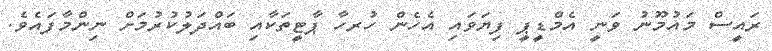
ރައީސް މައުމޫނު ވަނީ އެމްޑީޕީ ފިޔަވައި އެހެން ހުރހާ ޕާޓީތަކާއި ބައްދަލުކުރުމަށް ނިންމާފައެވެ.